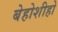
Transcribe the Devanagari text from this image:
बेहोशीहो